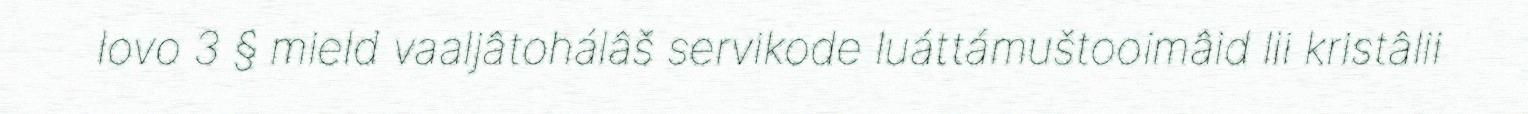
lovo 3 § mield vaaljâtohálâš servikode luáttámuštooimâid lii kristâlii